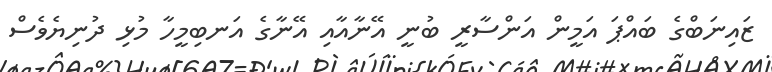
ޒައިނަބްގެ ބައްޕަ އަމީން އަންސާރީ ބުނީ އޭނާއާއި އޭނާގެ އަނބިމީހާ މުޅި ދުނިޔެވެސް